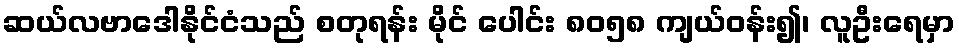
ဆယ်လဗာဒေါနိုင်ငံသည် စတုရန်း မိုင် ပေါင်း ၈၀၅၈ ကျယ်ဝန်း၍၊ လူဦးရေမှာ